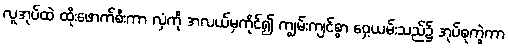
လူအုပ်ထဲ ထိုးဖောက်စီးကာ လှံကို အလယ်မှကိုင်၍ ကျွမ်းကျင်စွာ ဝှေ့ယမ်းသည်၌ အုပ်စုကွဲကာ